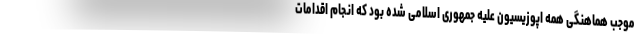
موجب هماهنگی همه اپوزیسیون علیه جمهوری اسلامی شده بود که انجام اقدامات